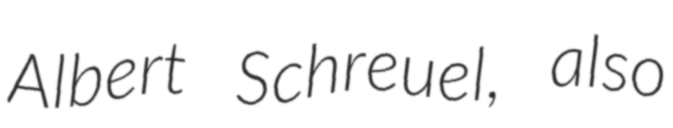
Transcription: Albert Schreuel, also